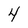
Character: 4